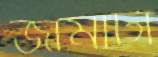
জামাটা